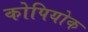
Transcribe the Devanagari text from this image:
कोपियोक